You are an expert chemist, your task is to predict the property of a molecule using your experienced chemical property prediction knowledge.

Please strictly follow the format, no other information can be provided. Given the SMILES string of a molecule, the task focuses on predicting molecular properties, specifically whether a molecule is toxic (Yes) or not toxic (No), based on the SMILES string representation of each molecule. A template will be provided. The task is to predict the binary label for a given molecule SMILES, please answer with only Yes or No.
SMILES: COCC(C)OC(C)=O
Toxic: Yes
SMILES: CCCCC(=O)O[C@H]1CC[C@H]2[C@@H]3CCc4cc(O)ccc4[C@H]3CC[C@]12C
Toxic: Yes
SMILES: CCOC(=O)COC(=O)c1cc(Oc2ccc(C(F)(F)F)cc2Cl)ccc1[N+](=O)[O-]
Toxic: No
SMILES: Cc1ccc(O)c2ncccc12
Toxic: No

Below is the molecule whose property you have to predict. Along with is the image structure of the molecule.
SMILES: COC(=O)c1cc(Oc2ccc(Cl)cc2Cl)ccc1[N+](=O)[O-]
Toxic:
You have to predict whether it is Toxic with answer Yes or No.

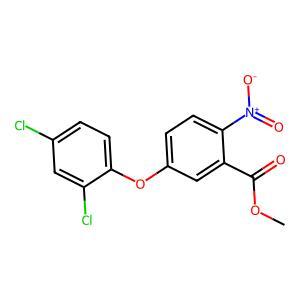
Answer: No